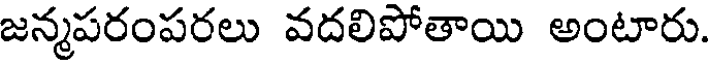
జన్మపరంపరలు వదలిపోతాయి అంటారు.